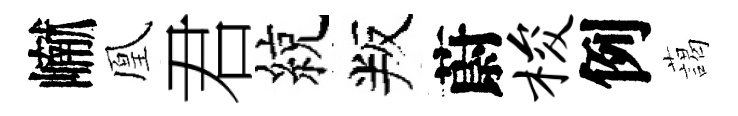
𪩘凰君綂叛蔚梭例藹